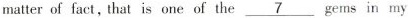
matter of fact, that is one of the\underline{7} gems in my